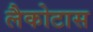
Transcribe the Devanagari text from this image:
लैकोटास